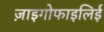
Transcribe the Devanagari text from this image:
ज़ाइगोफाइलिई